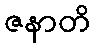
ဇနာတိ